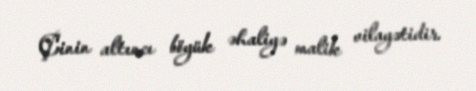
Çinin altıncı böyük əhaliyə malik vilayətidir.